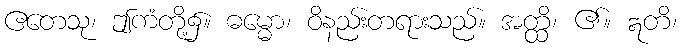
ဧတေသု၊ ဤကံတို့၌။ ဓမ္မော၊ ဝိနည်းတရားသည်။ အတ္ထိ၊ ၏။ ဣတိ၊